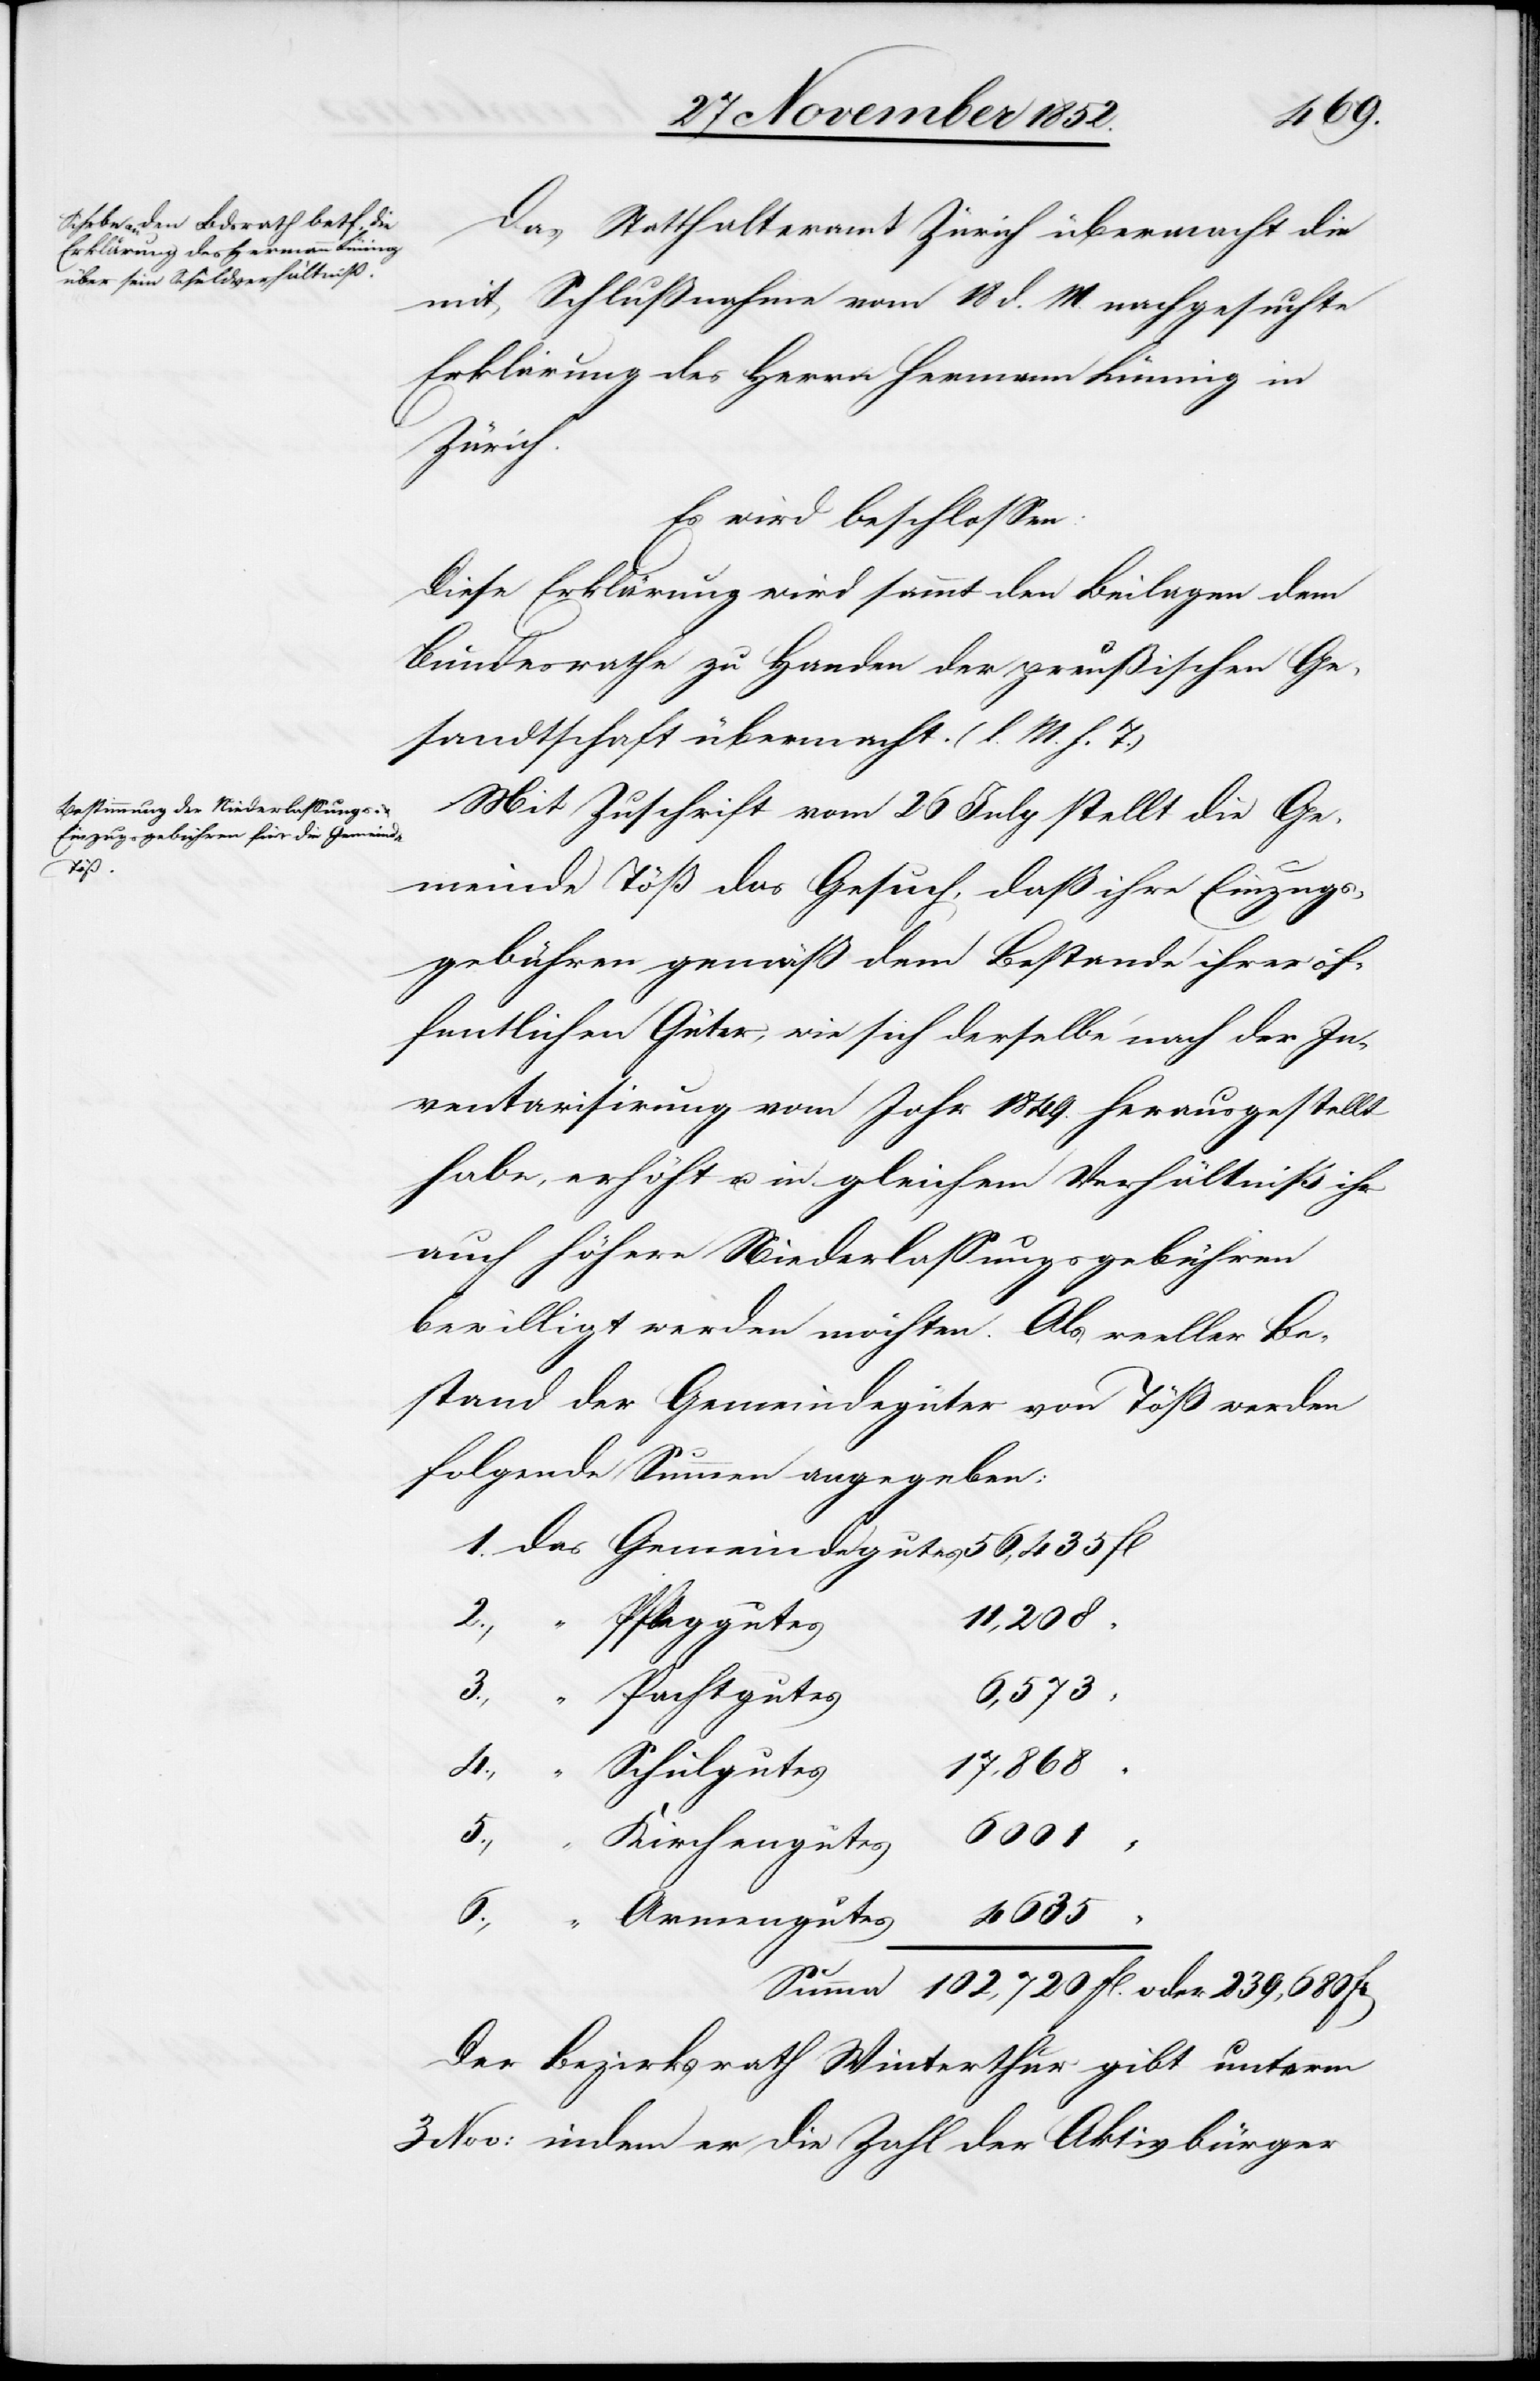
4.,

Das Statthalteramt Zürich übermacht die
mit Schlußnahme vom 18 d. M. nachgesuchte
Erklärung des Herrn Hermann Lünnig in
Zürich.
Es wird beschlossen:
Diese Erklärung wird sammt den Beilagen dem
Bundesrathe zu Handen der preußischen Ge¬
sandtschaft übermacht. (l. M. h. T.)
Mit Zuschrift vom 26 July stellt die Ge¬
meinde Töß das Gesuch, daß ihre Einzugs¬
gebühren gemäß dem Bestande ihrer öf¬
fentlichen Güter, wie sich derselbe nach der In¬
ventarisirung vom Jahr 1849. herausgestellt
habe, erhöht u. in gleichem Verhältniß ihr
auch höhere Niederlassungsgebühren
bewilligt werden möchten. Als reeller Be¬
stand der Gemeindegüter von Töß werden
folgende Summen angegeben:
11,208
“ Pfleggutes
“ Pachtgutes
6,573
17,868
“ Schulgutes
6001
“
Kirchengutes
4635
6.,
Armengutes
Summa
102,720 fl. oder 239,680
Der Bezirksrath Winterthur gibt unterm
3 Nov: indem er die Zahl der Aktivbürger